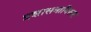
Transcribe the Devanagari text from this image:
प्रशासनाविरुद्ध